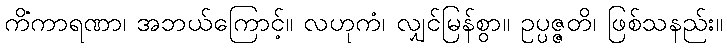
ကိံကာရဏာ၊ အဘယ်ကြောင့်။ လဟုကံ၊ လျှင်မြန်စွာ။ ဥပ္ပဇ္ဇတိ၊ ဖြစ်သနည်း။